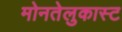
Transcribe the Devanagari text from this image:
मोनतेलुकास्ट